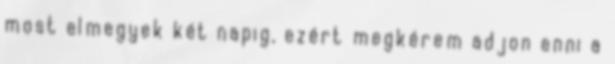
most elmegyek két napig, ezért megkérem adjon enni a